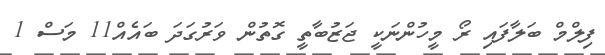
ފިލްމް ބަލާފައި ރޯ މީހުންނަކީ ޖަޒުބާތީ ގޮތުން ވަރުގަދަ ބައެއް11 މަސް 1